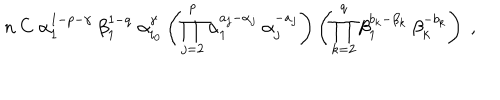
LaTeX: n \: C \; \alpha _ { 1 } ^ { 1 - p - \gamma } \: \beta _ { 1 } ^ { 1 - q } \; \alpha _ { i _ { 0 } } ^ { \gamma } \left( \prod _ { j = 2 } ^ { p } \alpha _ { 1 } ^ { a _ { j } - \alpha _ { j } } \: \alpha _ { j } ^ { - a _ { j } } \right) \left( \prod _ { k = 2 } ^ { q } \beta _ { 1 } ^ { b _ { k } - \beta _ { k } } \: \beta _ { k } ^ { - b _ { k } } \right) \; ,